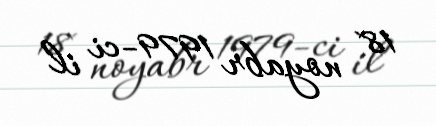
18 noyabr 1979-ci il